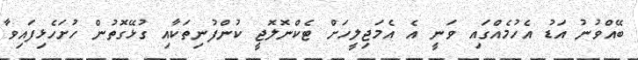
ބޭއްވުނު އަޑު އެހުމެއްގައި ވަނީ އެ އެމަޖިލީހަށް ޓެކްނޮލޮޖީ ކުންފުނިތަކާއި ގުޅޭގޮތުން ހުށަހެޅިފައިވާ